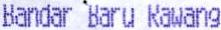
BANDAR BARU RAWANG